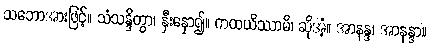
သဘောအားဖြင့်။ သံသန္ဒိတွာ၊ နှီးနှော၍။ ကထယိဿာမိ၊ ဆိုအံ့။ အာနန္ဒ၊ အာနန္ဒာ။